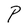
Character: P